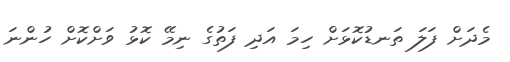
މެދަށް ފަލަ ތަނޑުކޮޅަށް ހިމަ އަދި ފަތުގެ ނިމޭ ކޮޅު ވަށްކޮށް ހުންނަ